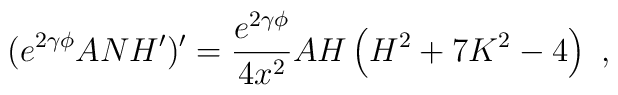
(e^{2 \gamma \phi } ANH')' = \frac{e^{2 \gamma \phi }}{4 x^2} A H \left( H^2+7K^2-4 \right)\ ,